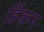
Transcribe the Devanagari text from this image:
हिंकन